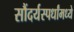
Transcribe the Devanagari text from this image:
सौंदर्यस्पर्धांमध्ये